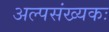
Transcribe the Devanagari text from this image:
अल्पसंख्यकः